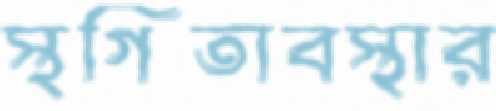
স্থগিতাবস্থার